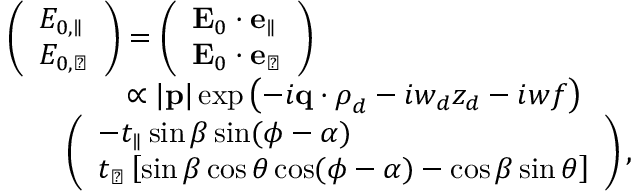
\begin{array} { r l } & { \left( \begin{array} { l } { E _ { 0 , \parallel } } \\ { E _ { 0 , \perp } } \end{array} \right) = \left( \begin{array} { l } { \mathbf { E } _ { 0 } \cdot \mathbf { e } _ { \parallel } } \\ { \mathbf { E } _ { 0 } \cdot \mathbf { e } _ { \perp } } \end{array} \right) } \\ & { \qquad \qquad \propto | \mathbf { p } | \exp \left( - i \mathbf { q } \cdot \boldsymbol { \rho } _ { d } - i w _ { d } z _ { d } - i w f \right) } \\ & { \qquad \left( \begin{array} { l } { - t _ { \parallel } \sin \beta \sin ( \phi - \alpha ) } \\ { t _ { \perp } \left[ \sin \beta \cos \theta \cos ( \phi - \alpha ) - \cos \beta \sin \theta \right] } \end{array} \right) , } \end{array}